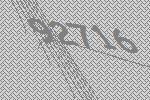
92716